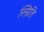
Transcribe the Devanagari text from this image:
स्म्रिति